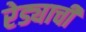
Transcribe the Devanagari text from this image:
रेड्याची